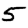
Digit: 5